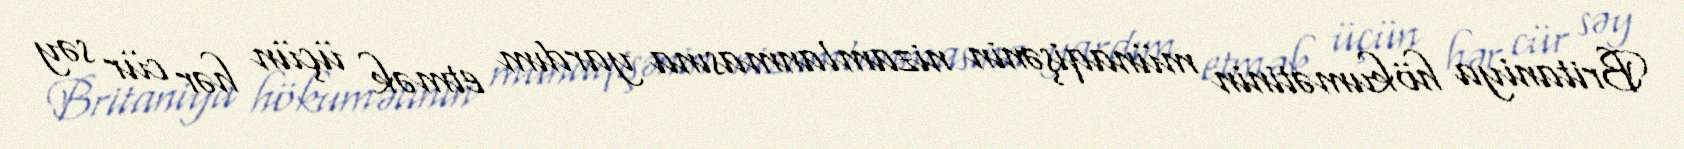
Britaniya hökumətinin münaqişənin nizamlanmasına yardım etmək üçün hər cür səy